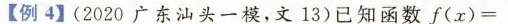
【例4】(2020广东汕头一模，文13)已知函数 $$ f( x ) =